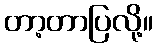
တာ့တာပြလို့။